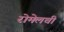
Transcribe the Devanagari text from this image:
रोमेलची